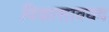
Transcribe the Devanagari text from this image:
विकासावयद